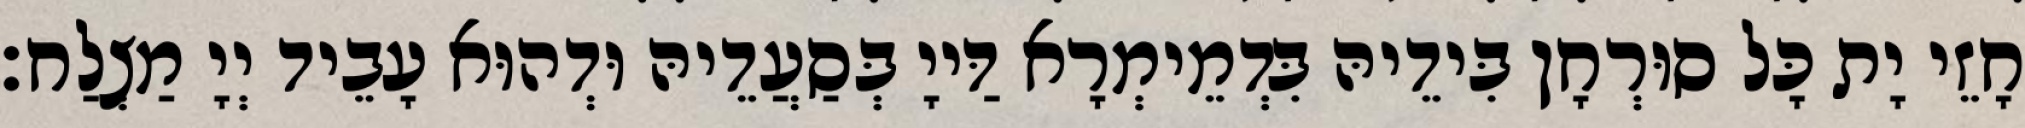
חָזֵי יָת כָּל סוּרְחָן בִּידֵיהּ בִּדְמֵימְרָא דַּייָ בְּסַעֲדֵיהּ וּדְהוּא עָבֵיד יְיָ מַצְלַח׃